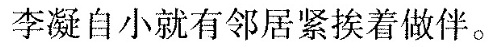
李凝自小就有邻居紧挨着做伴。